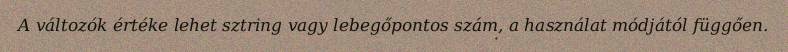
A változók értéke lehet sztring vagy lebegőpontos szám, a használat módjától függően.